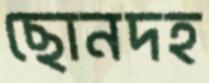
ছোনদহ